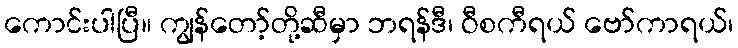
ကောင်းပါပြီ။ ကျွန်တော့်တို့ဆီမှာ ဘရန်ဒီ၊ ဝီစကီရယ် ဗော်ကာရယ်၊